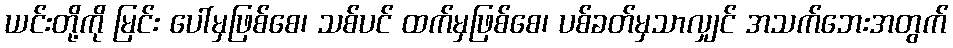
ယင်းတို့ကို မြင်း ပေါ်မှဖြစ်စေ၊ သစ်ပင် ထက်မှဖြစ်စေ၊ ပစ်ခတ်မှသာလျှင် အသက်ဘေးအတွက်